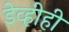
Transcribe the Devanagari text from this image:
डेव्हीही